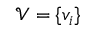
\mathcal { V } = \{ v _ { i } \}